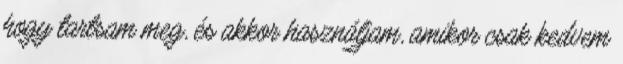
hogy tartsam meg, és akkor használjam, amikor csak kedvem